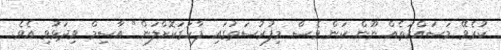
ކުރެވޭ މަސައްކަތެއް ނޫން ކަން ވެސް މިފުރުސަތުގައި ފާހަގަކޮށްލަން" އާސިމް ވިދަޅުވި އެވެ.